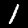
Label: 1